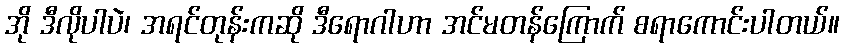
အို ဒီလိုပါပဲ၊ အရင်တုန်းကဆို ဒီရောဂါဟာ အင်မတန်ကြောက် စရာကောင်းပါတယ်။